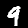
Label: 9